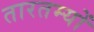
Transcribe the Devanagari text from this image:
तारतम्यों